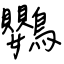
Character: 鸚